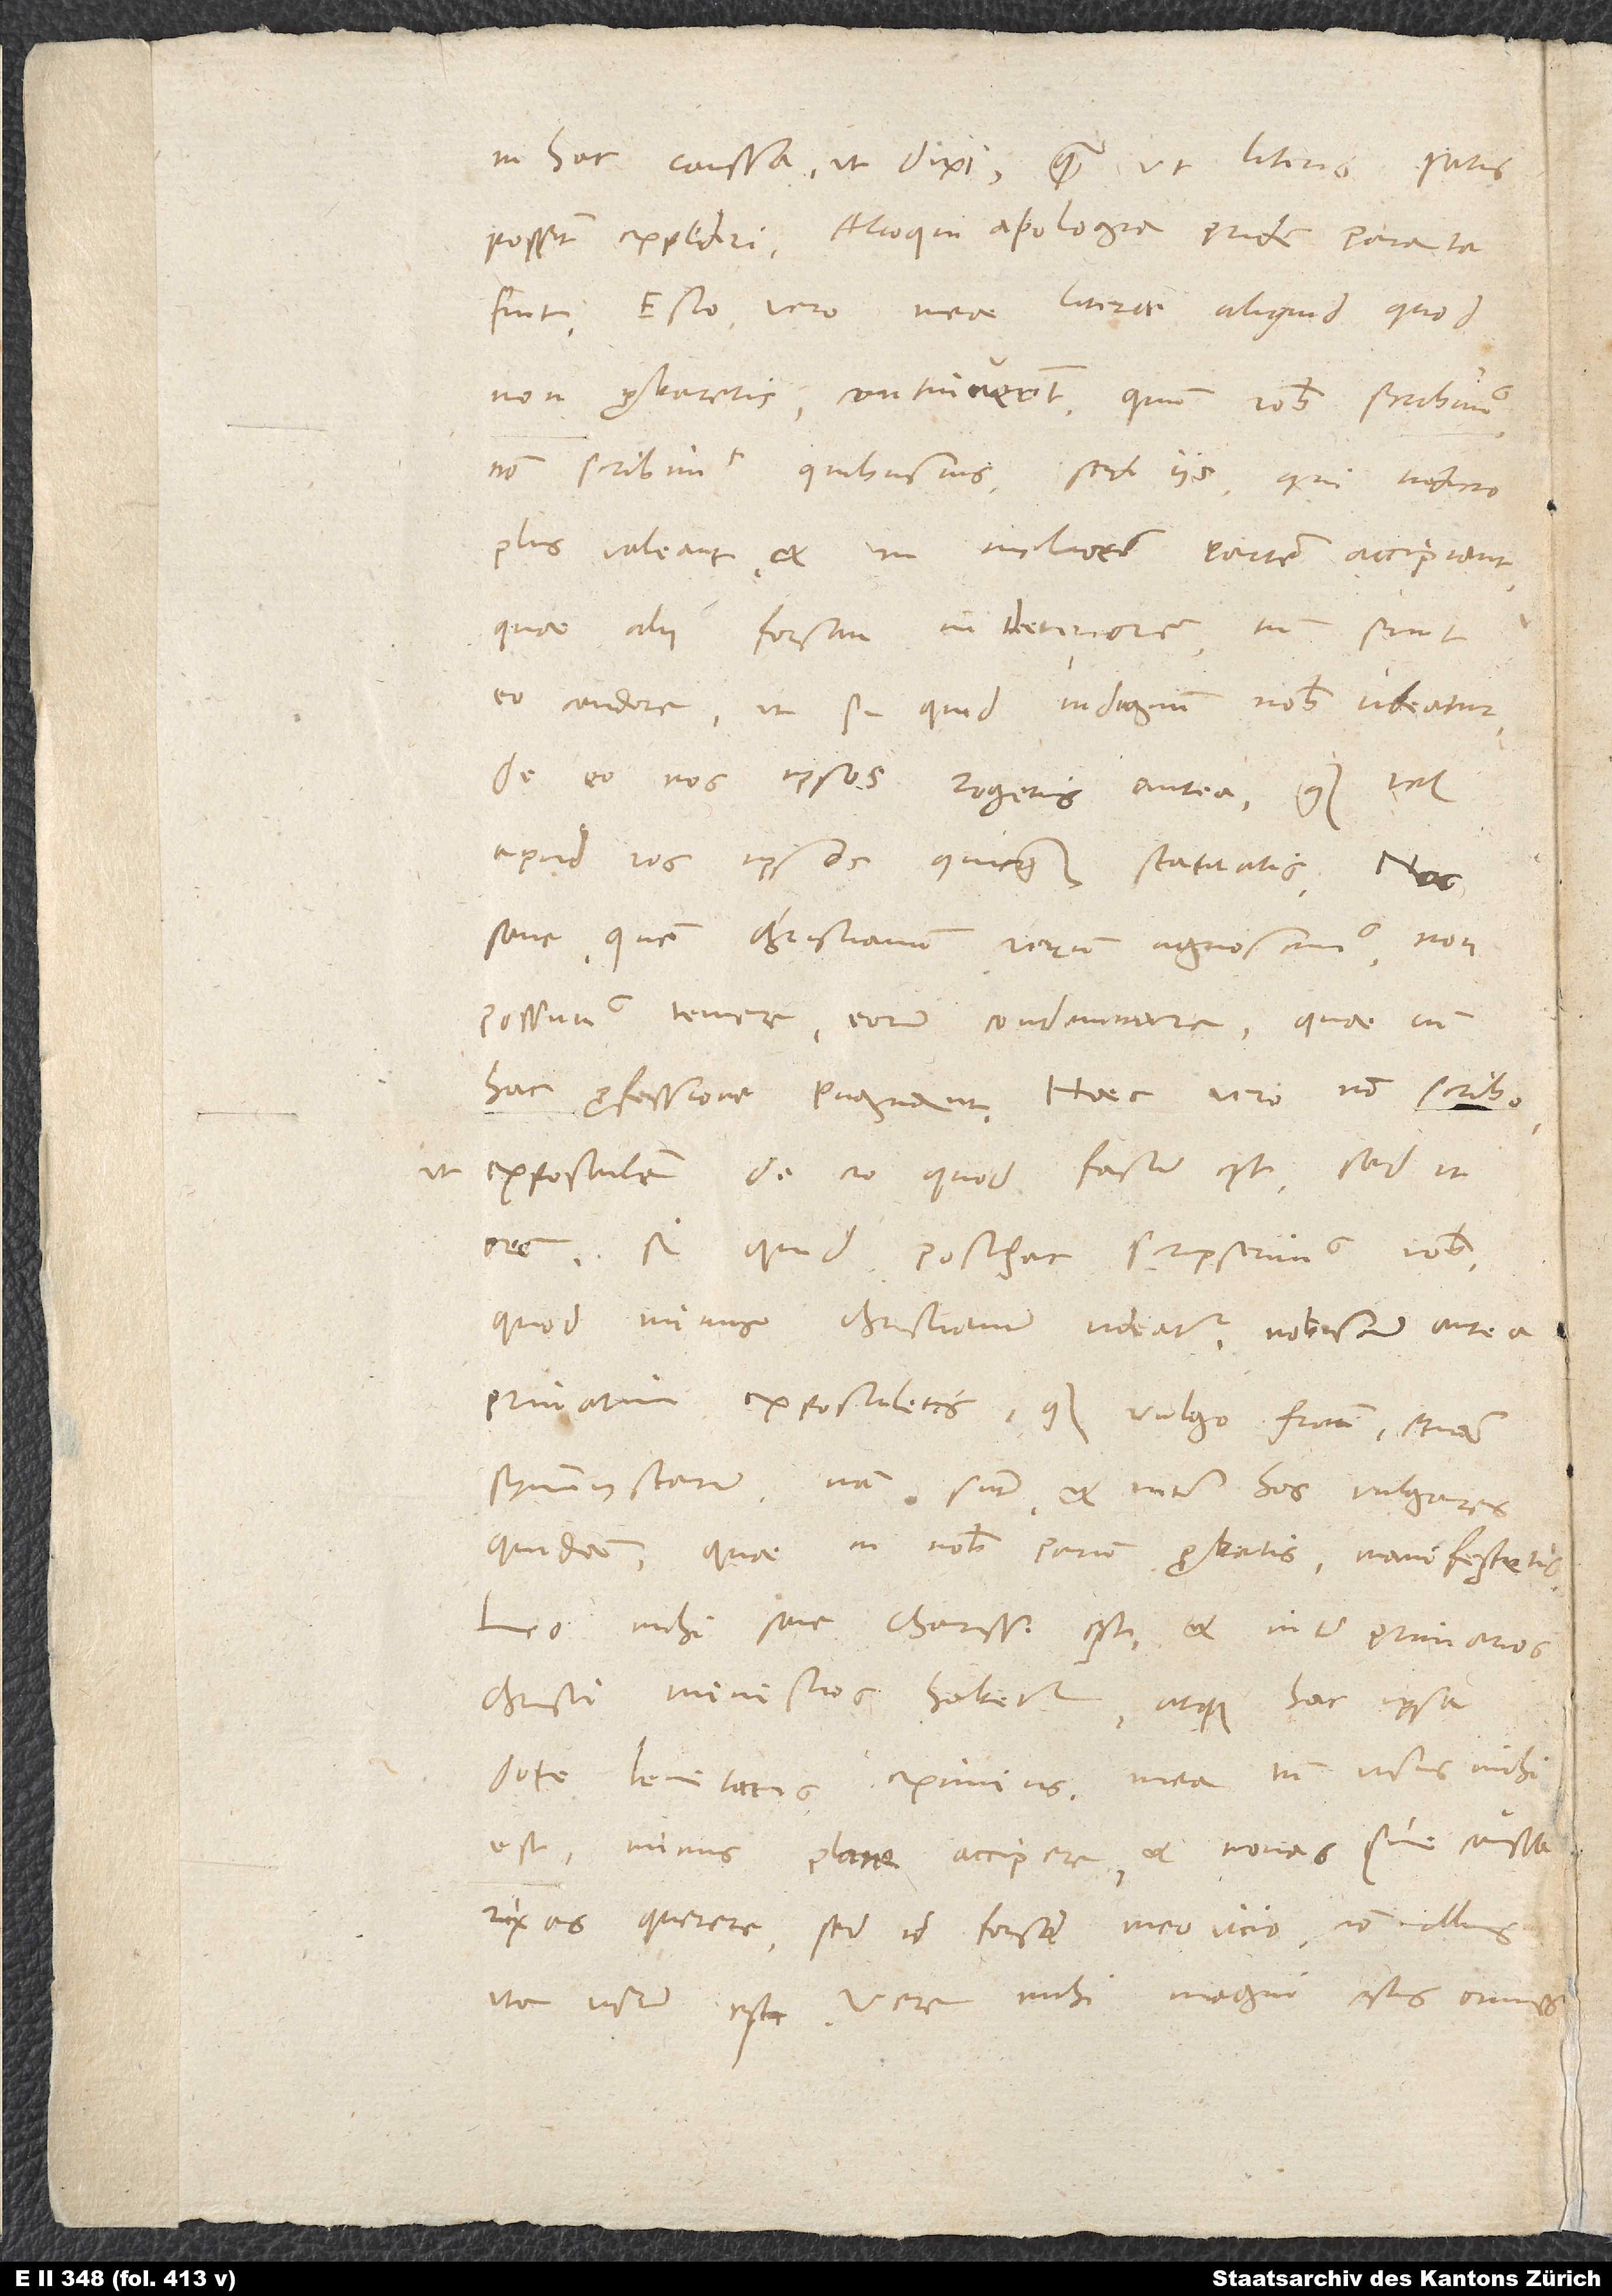
in hac caussa, ut dixi, quam ut literis satis
possint expediri. Alioqui apologia pridem parata
fuit. Esto vero, meae literae aliquid, quod
non probaretis, continuerint; quum vobis scribimus,
non scribimus quibusvis, sed iis, qui iudicio
plus valeant et in meliorem partem accipiant,
quae alii forsan in deteriorem, tum sint
eo candore, ut si quid indignum vobis videatur,
de eo nos ipsos rogetis antea, quam vel
apud vos ipsos quicquam statuatis. Nec
sane, quem christianum verum agnoscimus, non
possumus temere eorum condemnare, quae cum
hac professione pugnant. Haec vero non scribo,
ut expostulem de eo, quod factum est, sed ut
orem, si quid posthac scripserimus vobis,
quod minus christianum videatur, nobiscum antea
privatim expostuletis quam vulgo fratrum, etiam
symmystarum - nam sunt et inter hos vulgares
quidam -, quae in nobis parum probatis, manifestetis.
Leo mihi sane charissimus est et inter primarios
Christi ministros habetur atque hac ipsa
dote lenitatis eximius. Mea tamen visus mihi
est minus plane accipere et novas sine caussa
rixas querere. Sed id forsan meo vicio, non illius
ita visum est. Vere mihi magni estis omnes.